Report on vaccination in the Province of Bengal - 1874-1889
Year: 1874
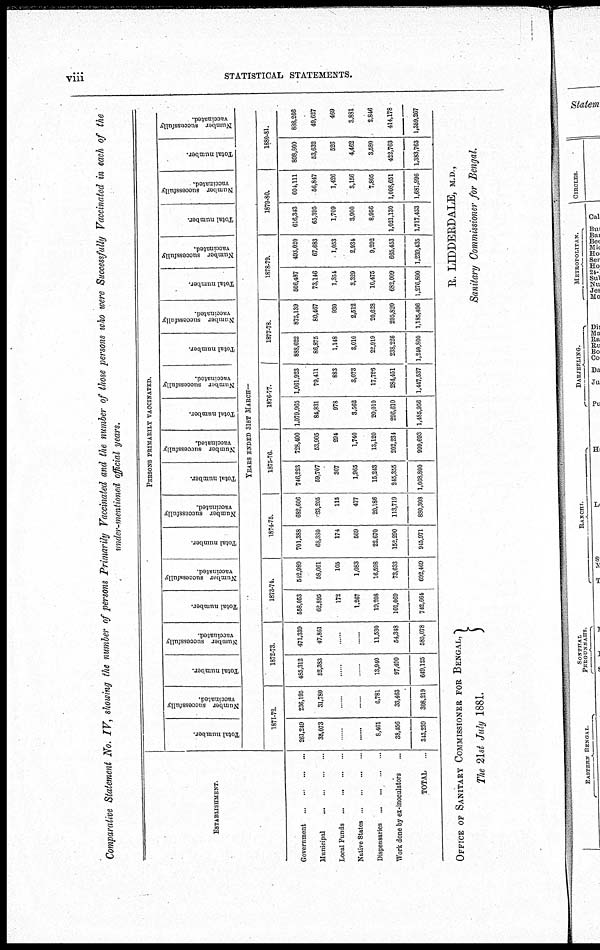
viii
STATISTICAL STATEMENTS.
Comparative Statement No. IV, showing the number of persons Primarily Vaccinated and the number of those persons who were Successfully Vaccinated in each of the
under-mentioned official years.
ESTABLISHMENT.
Government
...
...
...
...
Municipal
...
...
...
...
Local Funds
...
...
...
...
Native States
...
...
...
...
Dispensaries
...
...
...
...
Work done by ex-inoculators ...
TOTAL
...
PERSONS PRIMARILY VACCINATED.
Total number.
Number successfully
vaccinated.
Total number.
Number successfully
vaccinated.
Total number.
Number successfully
vaccinated.
Total number.
Number successfully
vaccinated.
Total number.
Number successfully
vaccinated.
Total number.
Number successfully
vaccinated.
Total number.
Number successfully
vaccinated.
Total number.
Number successfully
vaccinated.
Total number.
Number successfully
vaccinated.
Total number.
Number successfully
vaccinated.
YEARS ENDED 31ST MARCH—
1871-72.
261,249
35,073
......
......
6,461
38,456
343,239
236,195
31,780
......
......
6,781
33,463
308,219
1872-73.
485,312
52,383
......
......
13,940
97,490
649,125
471,339
47,861
......
......
11,530
54,348
585,078
1873-74.
558,053
62,895
172
1,267
19,208
101,069
742,664
542,989
58,061
105
1,083
16,598
73,633
692,469
1874-75.
701,388
68,880
174
569
22,670
152,290
945,971
682,606
83,205
115
477
20,186
113,719
880,308
1875-76.
746,223
59,707
307
1,965
15,243
245,355
1,068,800
728,400
53,905
294
1,740
13,120
202,234
999,693
1876-77.
1,079,965
84,831
978
3.562
20,010
296,610
1,485,956
1,061,923
79,411
883
3,073
17,796
284,451
1,447,537
1877-78.
888,622
86,875
1,148
3,010
22,919
238,226
1,240,800
875,139
80,467
930
2,512
20,628
205,820
1,185,496
1878-79.
506,487
73,146
1,354
3,329
10,475
682,009
1,276,800
493,020
67,683
1,053
2,934
9,292
665,453
1,239,435
1879-80.
616,343
65,395
1,709
3,900
8,956
1,021,130
1,717,433
604,111
56,847
1,426
3,156
7,805
1,008,651
1,681,996
1880-81.
898,800
53,632
526
4,462
3,580
422,763
1,383,763
888,266
49,627
469
3,881
2,846
414,178
1,359,267
OFFICE OF SANITARY COMMISSIONER FOR BENGAL,
The 21st July 1881.
R. LIDDERDALE, M.D.,
Sanitary Commissioner for Bengal.